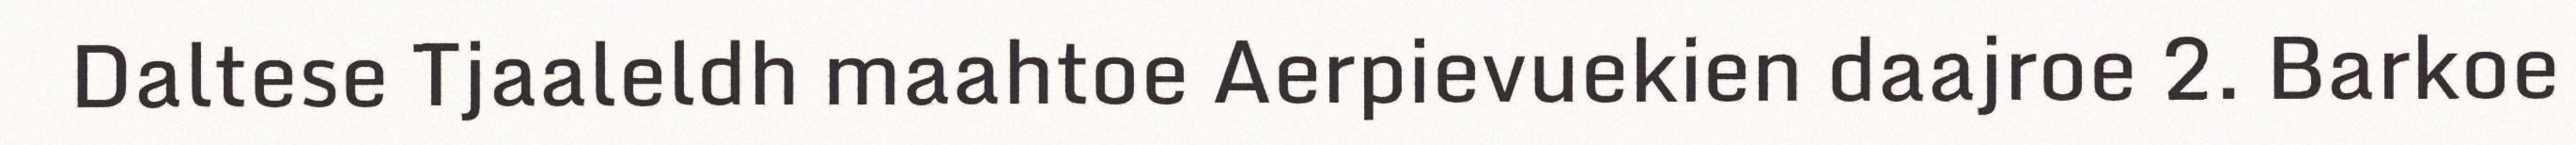
Daltese Tjaaleldh maahtoe Aerpievuekien daajroe 2. Barkoe